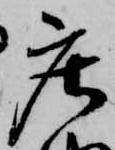
庄